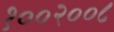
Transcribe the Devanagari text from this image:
१००२००८